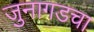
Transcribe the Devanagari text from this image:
जुनागडचा